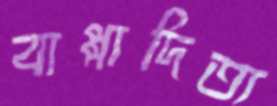
বাপ্পাদিত্য